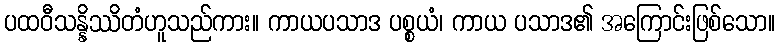
ပထဝီသန္နိဿိတံဟူသည်ကား။ ကာယပသာဒ ပစ္စယံ၊ ကာယ ပသာဒ၏ အကြောင်းဖြစ်သော။